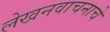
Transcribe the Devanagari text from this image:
लेखनवाचनाचे